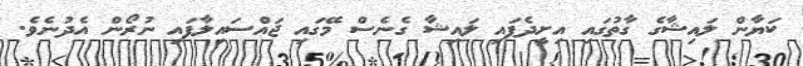
ކަޔާން ލައިޝާގެ ގާތުގައި އިށީދެފައި ލައިޝާ ގެނެސް މޭގައި ޖައްސައިލާފައި ނުރޯން އެދުނެވެ.